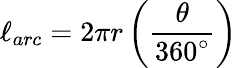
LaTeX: \ell_{arc}=2\pi r\left({\frac{\theta}{360^{\circ}}}\right)